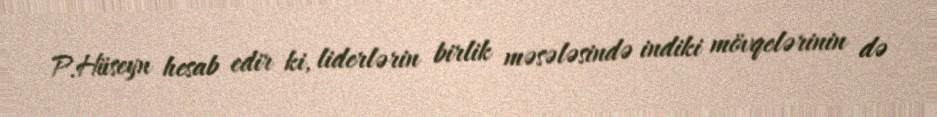
P.Hüseyn hesab edir ki, liderlərin birlik məsələsində indiki mövqelərinin də